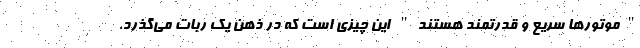
"موتورها سریع و قدرتمند هستند" این چیزی است که در ذهن یک ربات می‌گذرد.